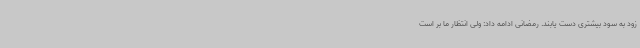
زود به سود بیشتری دست یابند. رمضانی ادامه داد: ولی انتظار ما بر است